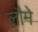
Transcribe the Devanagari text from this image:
लौमे